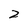
Character: 2